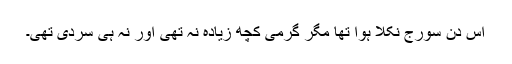
اس دن سورج نکلا ہوا تھا مگر گرمی کچھ زیادہ نہ تھی اور نہ ہی سردی تھی۔